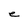
Character: e